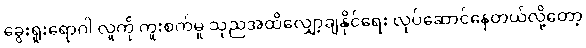
ခွေးရူးရောဂါ လူကို ကူးစက်မှု သုညအထိလျှော့ချနိုင်ရေး လုပ်ဆောင်နေတယ်လို့တော့